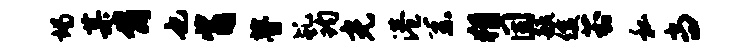
竭某肯也觜瞢乩钧光港系猾固毓俊葑私当